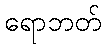
ရောဘတ်